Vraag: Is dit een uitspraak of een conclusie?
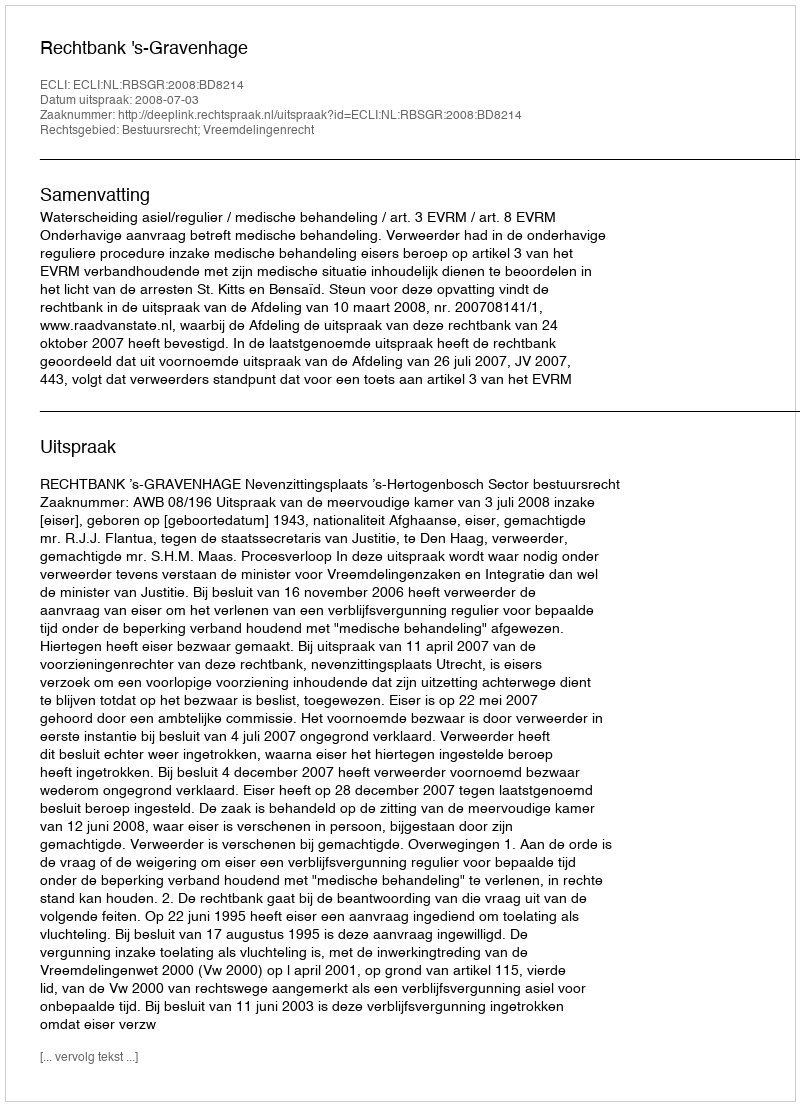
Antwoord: Uitspraak